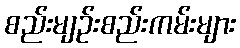
စည်းမျဉ်းစည်းကမ်းများ